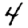
Digit: 4